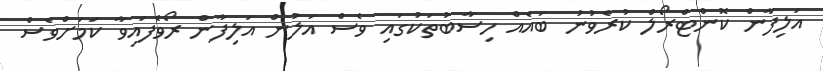
އަލިފާން ކޮންޓްރޯލް ކުރެވުނު ބައެއް ހިސާބުތަކުގައި ވެސް އަލުން އަލިފާން ރޯވެފައިވާ ކަމަށްވެސް